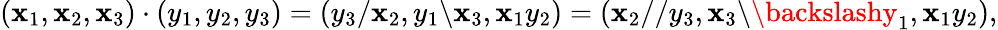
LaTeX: (\mathbf{x}_{1},\mathbf{x}_{2},\mathbf{x}_{3})\cdot(y_{1},y_{2},y_{3})=(y_{3}/\mathbf{x}_{2},y_{1}\backslash\mathbf{x}_{3},\mathbf{x}_{1}y_{2})=(\mathbf{x}_{2}//y_{3},\mathbf{x}_{3}\backslash\backslashy_{1},\mathbf{x}_{1}y_{2}),